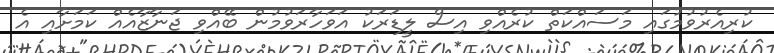
ކުރިއެރުވުމުގައި މަސައްކަތް ކުރެއްވި އިސް ލީޑަރަކު އަވަހާރަވުމުން ބޭއްވި ޖަނާޒާއެއް ކަމަށާއި އެ